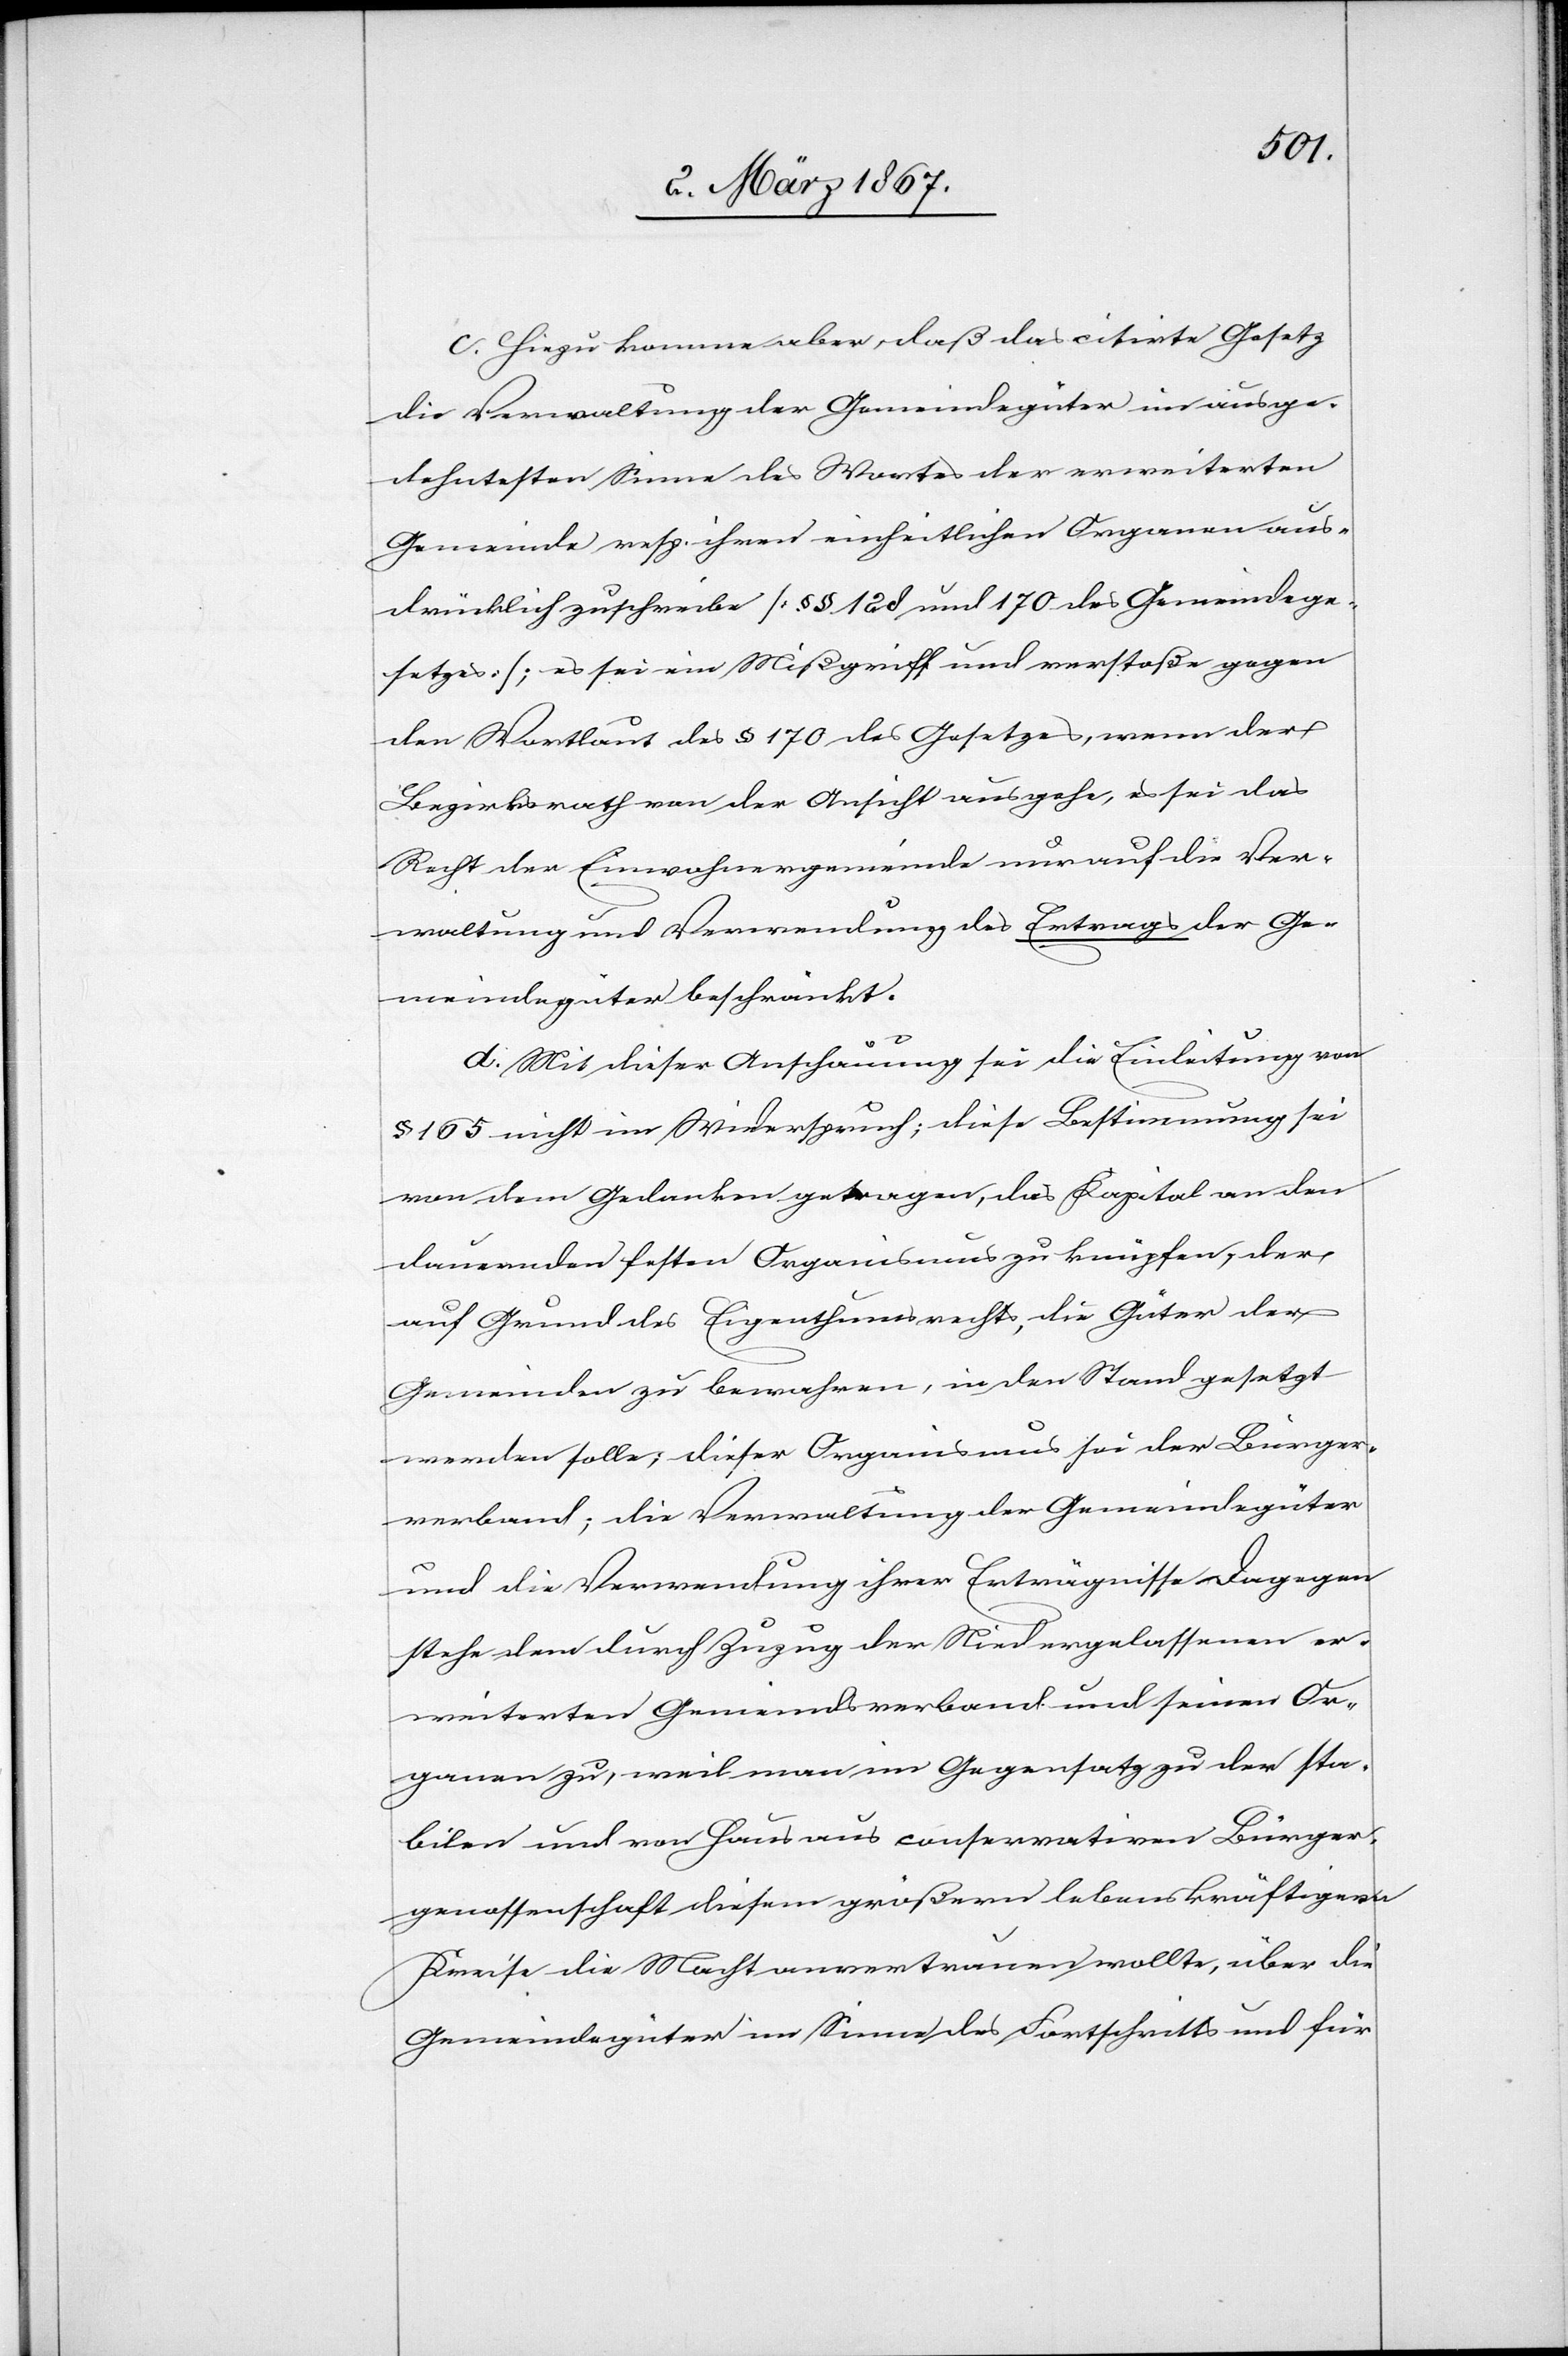
c. Hiezu komme aber, daß das citirte Gesetz
die Verwaltung der Gemeindegüter im ausge¬
dehntesten Sinne des Wortes der erweiterten
Gemeinde resp. ihren einheitlichen Organen aus¬
drücklich zuschreibe [§§ 128 und 170 des Gemeindege¬
setzes]; es sei ein Mißgriff und verstoße gegen
den Wortlaut des § 170 des Gesetzes, wenn der
Bezirksrath von der Ansicht ausgehe, es sei das
Recht der Einwohnergemeinde nur auf die Ver¬
waltung und Verwendung des Ertrages der Ge¬
meindegüter beschränkt.
d. Mit dieser Anschauung sei die Einleitung von
§ 165 nicht im Widerspruch; diese Bestimmung sei
von dem Gedanken getragen, das Kapital an den
dauernden festen Organismus zu knüpfen, der
auf Grund des Eigenthumsrechts, die Güter der
Gemeinden zu bewahren, in den Stand gesetzt
werden solle; dieser Organismus sei der Bürger¬
verband; die Verwaltung der Gemeindegüter
und die Verwendung ihrer Erträgnisse. Dagegen
stehe dem durch Zuzug der Niedergelassenen er¬
weiterten Gemeindsverband und seinen Or¬
ganen zu, weil man im Gegensatz zu der sta¬
bilen und von Haus aus conservativen Bürger¬
genossenschaft diesem größern lebenskräftigern
Kreise die Macht anvertrauen wollte, über die
Gemeindegüter im Sinne des Fortschritts und für